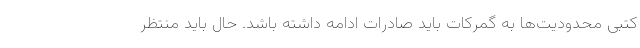
کتبی محدودیت‌ها به گمرکات باید صادرات ادامه داشته باشد. حال باید منتظر